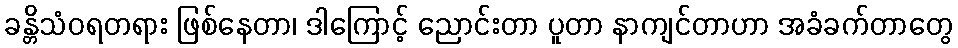
ခန္တိသံဝရတရား ဖြစ်နေတာ၊ ဒါကြောင့် ညောင်းတာ ပူတာ နာကျင်တာဟာ အခံခက်တာတွေ